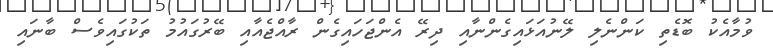
ވުމާއެކު ބޮޑެތި ކަންނެލި ލޭނުއަޅައިގެންނާއި ދިރޭ އެންޖަހައިގެން ރާއްޖެއާއި ބޭރުގައުމު ތަކުގައިވެސް ބާނައި